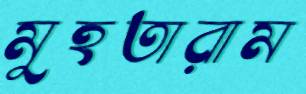
মুহতারাম